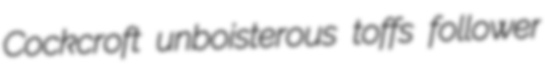
Cockcroft unboisterous toffs follower